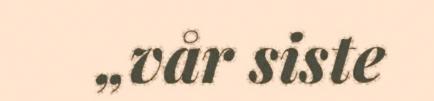
„vår siste